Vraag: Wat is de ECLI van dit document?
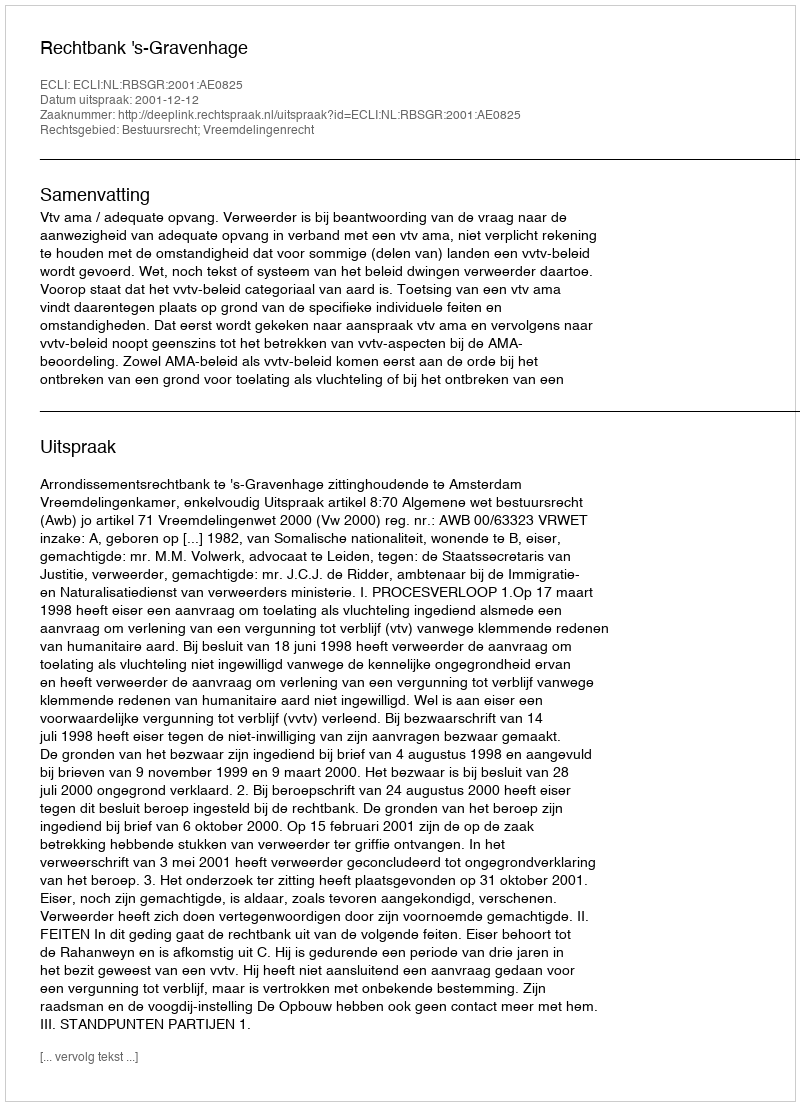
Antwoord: ECLI:NL:RBSGR:2001:AE0825